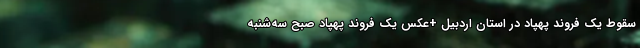
سقوط یک فروند پهپاد در استان اردبیل +عکس یک فروند پهپاد صبح سه‌شنبه